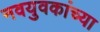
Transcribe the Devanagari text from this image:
नवयुवकांच्या